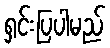
ရှင်းပြပါမည်